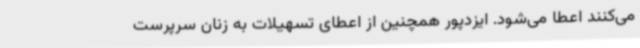
می‌کنند اعطا می‌شود. ایزدپور همچنین از اعطای تسهیلات به زنان سرپرست